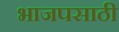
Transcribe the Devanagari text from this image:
भाजपसाठी